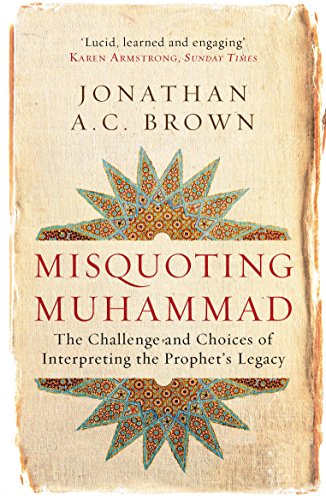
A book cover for Misquoting Muhammad: The Challenge and Choices of Interpreting the Prophet's Legacy; Jonathan A.C. Brown; Religion & Spirituality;